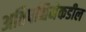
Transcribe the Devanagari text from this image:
अतिपश्चिमेकडील